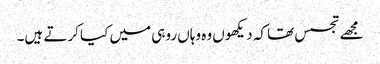
مجھے تجسس تھا کہ دیکھوں وہ وہاں روہی میں کیا کرتے ہیں۔